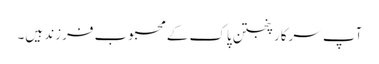
آپ سرکار پنجتن پاک کے محبوب فرزند ہیں۔